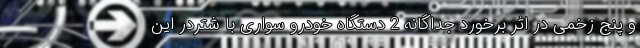
و پنج زخمی در اثر برخورد جداگانه 2 دستگاه خودرو سواری با شتردر این